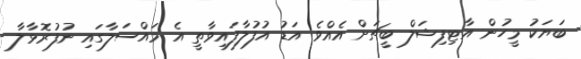
ބަޔަކު މީހުން އާޓިފިޝަލް ބީޗަށް އެއްވެ އަޑު އުފުލާފައިވާތީ އެ މައްސަލާގައި ނުފުރޮޅާލާ